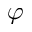
\varphi